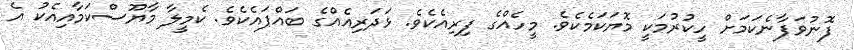
ފޮނުވަފާނެކަމަށް ހީކުރުމަކީ މޮޔަކަމެކެވެ. މީހެއްގެ ފިރިއެކެވެ. ޅަދަރިއެއްގެ ބައްޕައެކެވެ. ކެމީލާ މާޔޫސްކަމާއިއެކު އެ